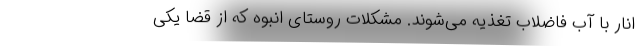
انار با آب فاضلاب تغذیه می‌شوند. مشکلات روستای انبوه که از قضا یکی